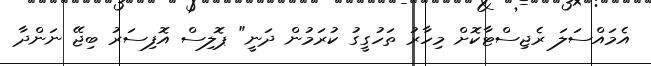
އެމައްސަލަ ރެޖިސްޓާކޮށް މިހާރު ތަހުގީގު ކުރަމުން ދަނީ" ޕޮލިސް އޮފިސަރު ބިޖޭ ނަންދާ